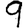
Digit: 9